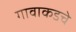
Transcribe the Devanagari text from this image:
गावाकडचे